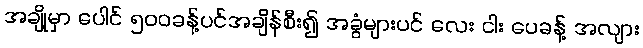
အချို့မှာ ပေါင် ၅၀၀ခန့်ပင်အချိန်စီး၍ အခွံများပင် လေး ငါး ပေခန့် အလျား